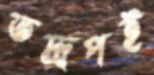
তদ্রূপই